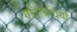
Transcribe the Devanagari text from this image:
गतिविधियां